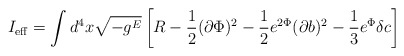
\begin{align*}I_{\rm eff} = \int d^4x \sqrt{-g^E}\left[R -\frac{1}{2}(\partial \Phi)^2-\frac{1}{2}e^{2\Phi}(\partial b)^2 -\frac{1}{3}e^\Phi\delta c \right]\end{align*}